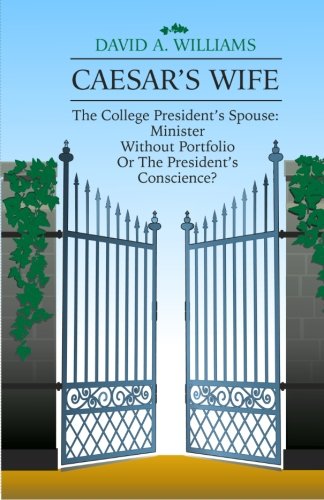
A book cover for Caesar's Wife: The College President's Spouse:  Minister Without Portfolio Or The President's Conscience?; David A Williams; Education & Teaching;